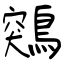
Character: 鶟